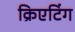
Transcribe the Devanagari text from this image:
क्रिएटिंग